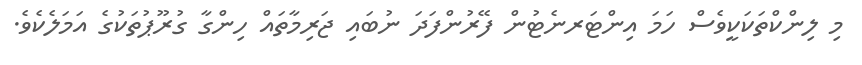
މި ލިންކްތަކަކީވެސް ހަމަ އިންޓަރނެޓުން ފޭރުންފަދަ ނުބައި ޖަރިމާތައް ހިންގާ ގުރޫޕުތަކުގެ އަމަލެކެވެ.